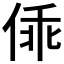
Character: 𰂓